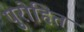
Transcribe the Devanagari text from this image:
पुरोहित